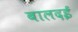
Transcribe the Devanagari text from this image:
बालदई